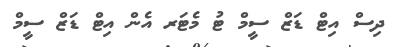
ދިސް އިޓް ޑަޒް ސީމް ޓު މެޓަރ އެން އިޓް ޑަޒް ސީމް